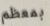
بمعظم